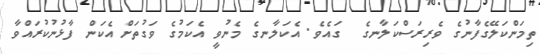
ތިމަންކަލޭގެފާނުގެ ވެރިރަސްކަލާނގެ  ގައެވެ. އެކަލާނގެ މެނުވީ އެކަމުގެ ވަގުތަށް އެކަން ފާޅުނުކުރައްވާ